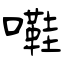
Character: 嚡